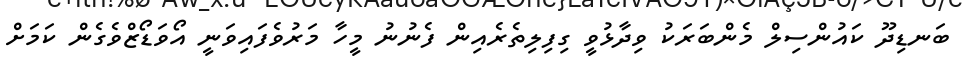
ބަނޑިދޫ ކައުންސިލް މެންބަރަކު ވިދާޅުވީ ގިފިލިތެރެއިން ފެނުނު މީހާ މަރުވެފައިވަނީ އޯވަޑޯޒްވެގެން ކަމަށް